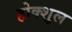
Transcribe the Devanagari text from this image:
होक्शुल